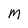
Character: M